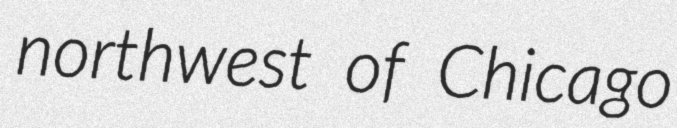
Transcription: northwest of Chicago